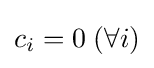
c_{i}=0\;(\forall i)